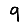
Digit: 9